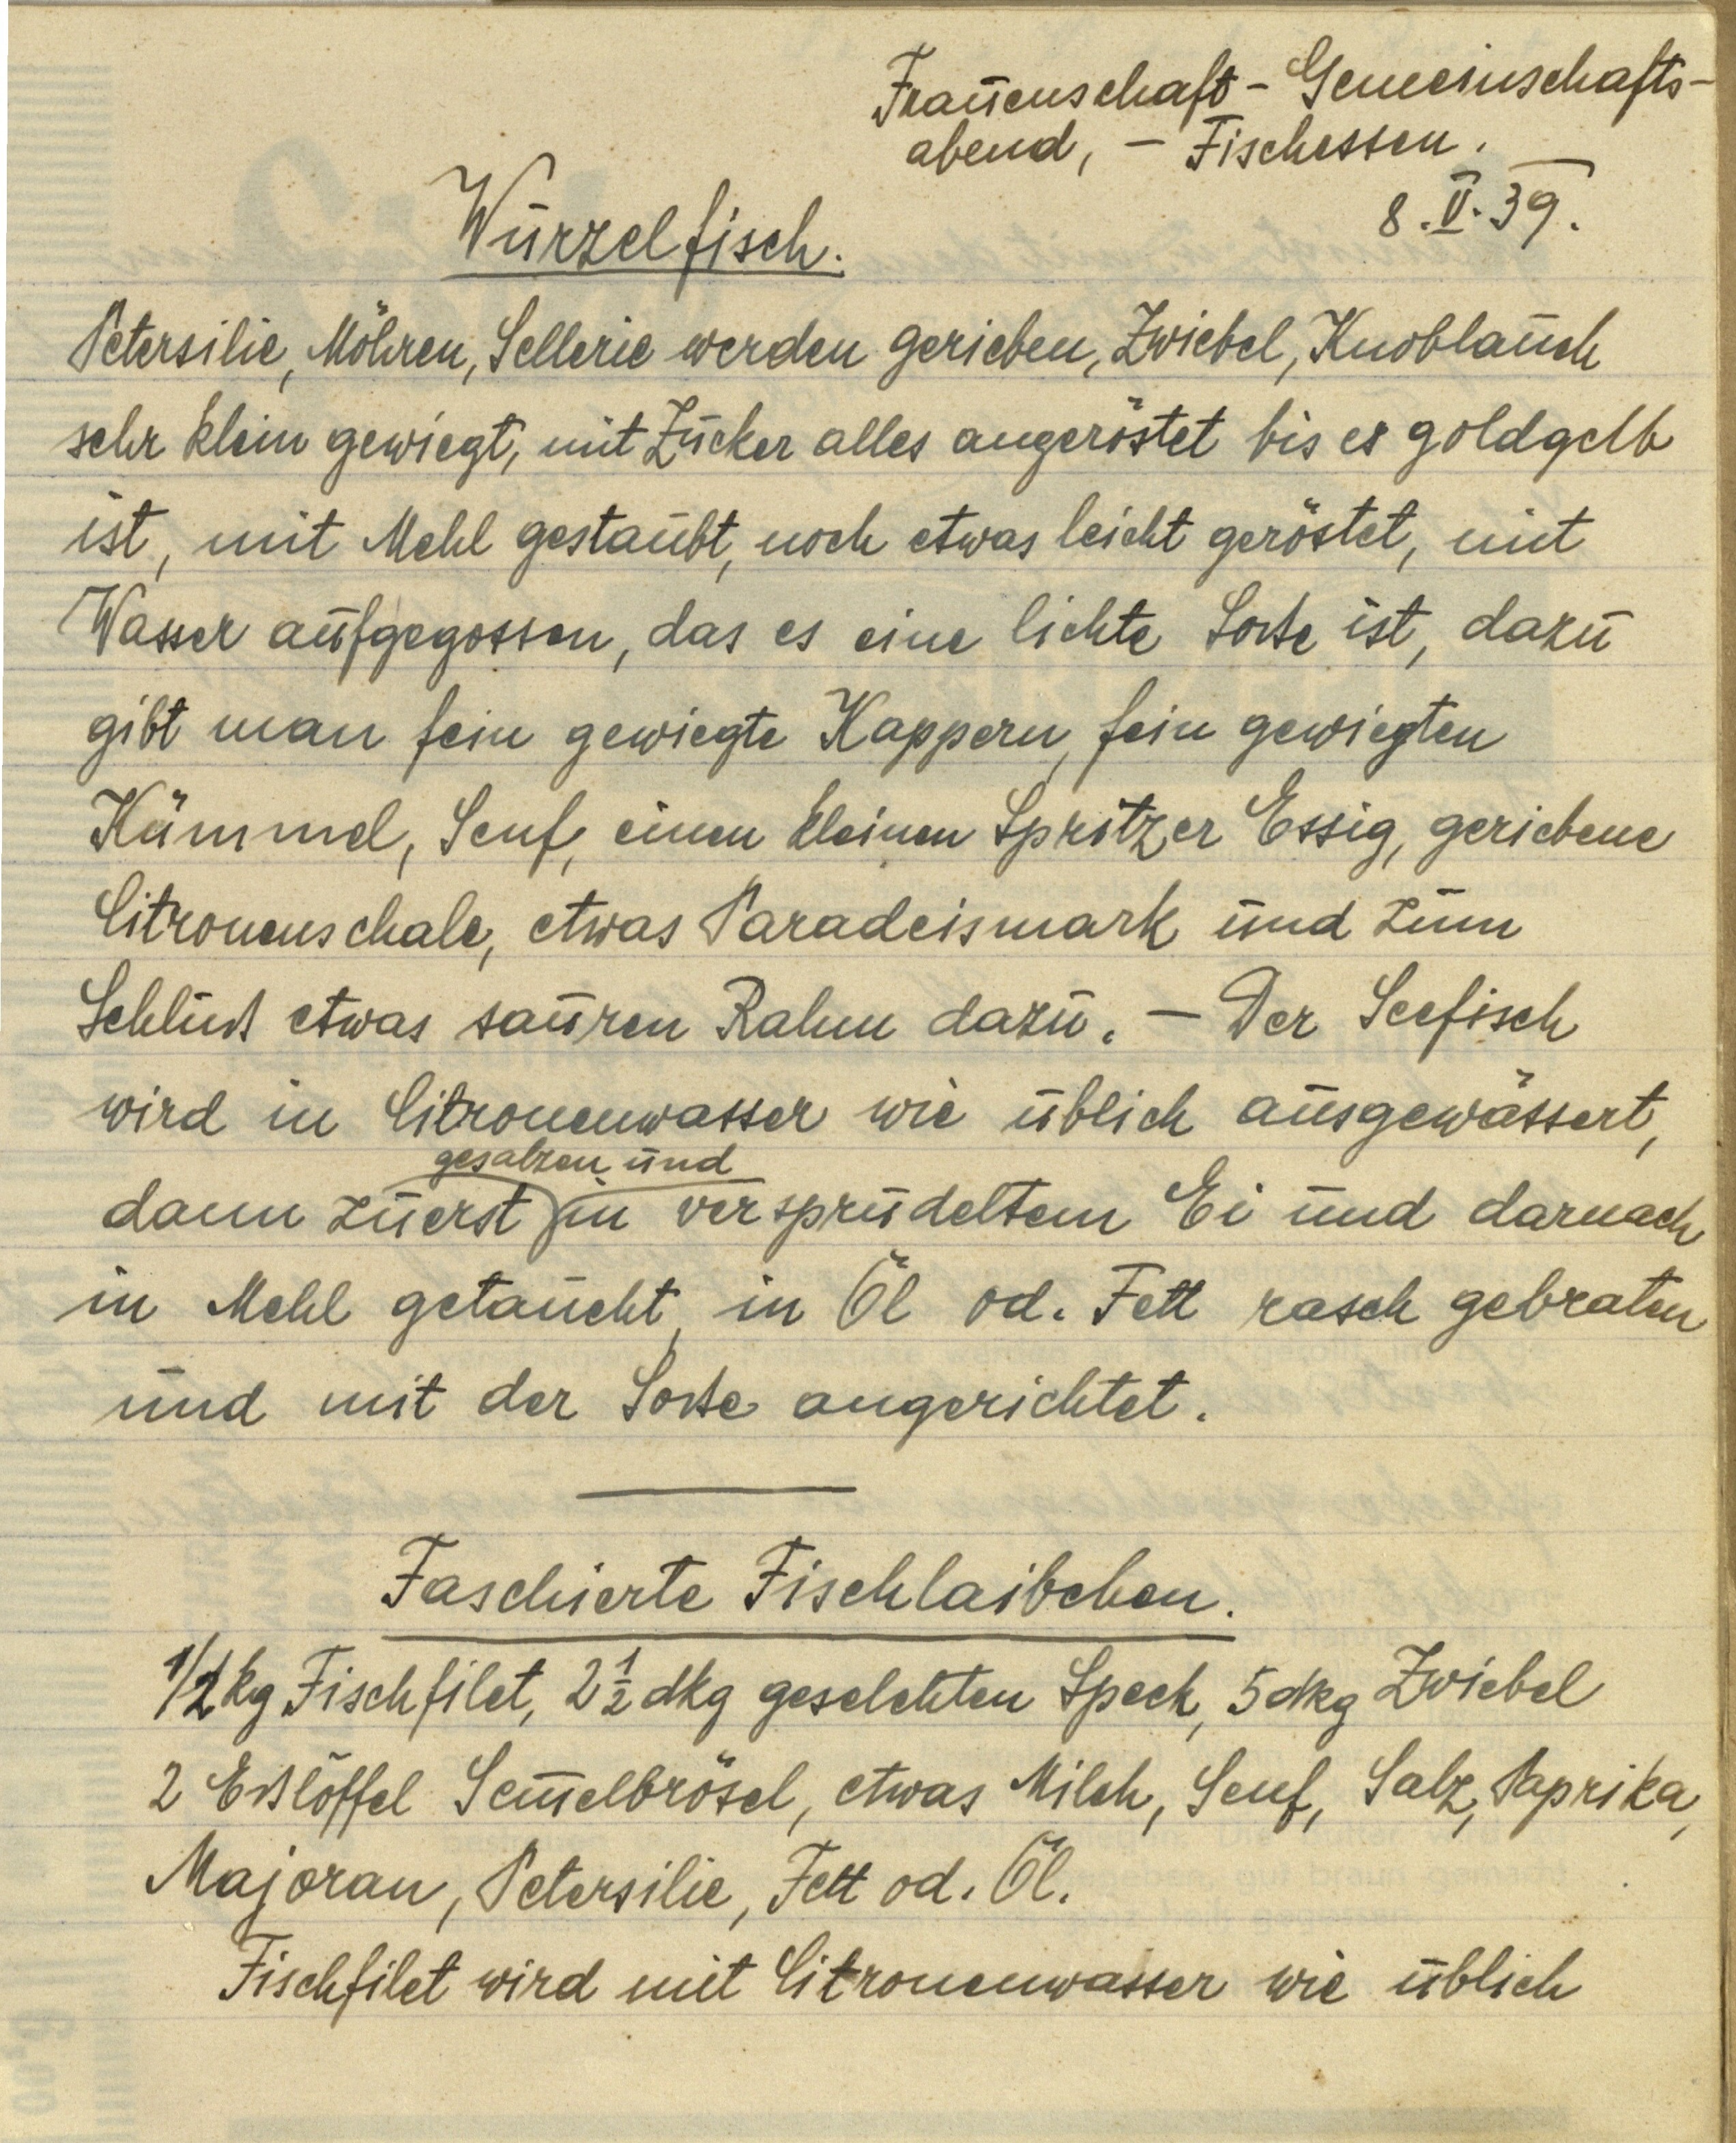
Frauenschaft-Gemeinschafts¬
abend, — Fischessen.
8. V. 39.

Wurzelfisch.

Petersilie, Möhren, Sellerie werden gerieben, Zwiebel, Knoblauch
sehr klein gewiegt, mit Zucker alles angeröstet bis es goldgelb
ist, mit Mehl gestaubt, noch etwas leicht geröstet, mit
Wasser aufgegossen, das es eine lichte Soße ist, dazu
gibt man fein gewiegte kappern, fein gewiegten
Kümmel, Senf, einen kleinen Spritzer Essig, geriebene
Citronenschale, etwas Paradeismark und zum
Schluß etwas sauren Rahm dazu.— Der Seefisch
wird in Citronenwasser wie üblich ausgewässert,
dann zuerst gesalzen und in versprudeltem Ei und darnach
in Mehl getaucht, in Öl od. Fett rasch gebraten
und mit der Soße angerichtet.

Faschierte Fischlaibchen.
½ kg Fischfilet, 2 ½ dkg geselchten Speck, 5 dkg Zwiebel
2 Eßlöffel Semmelbrösel, etwas Milch, Senf, Salz, Paprika,
Majoran, Petersilie, Fett od. Öl.
Fischfilet wird mit Citronenwasser wie üblich